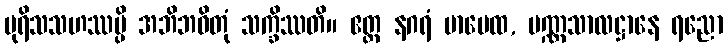
ပုရိသသဟဿမ္ပိ အဘိဘဝိတုံ သက္ခိဿတိ။ ဧတ္ထ နဂရံ မာပေထ, ပဏ္ဏသာလဋ္ဌာနေ ရညော